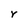
Character: r